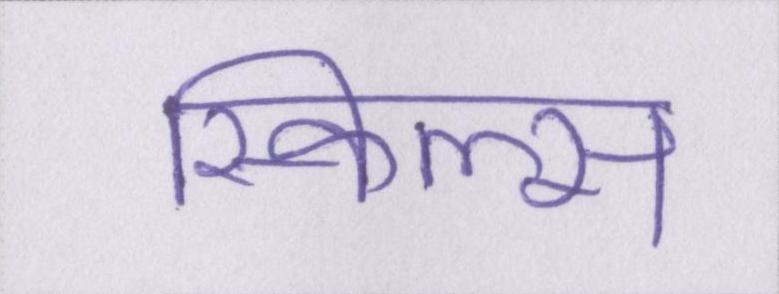
स्किल्स